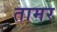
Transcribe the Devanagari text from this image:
तामर